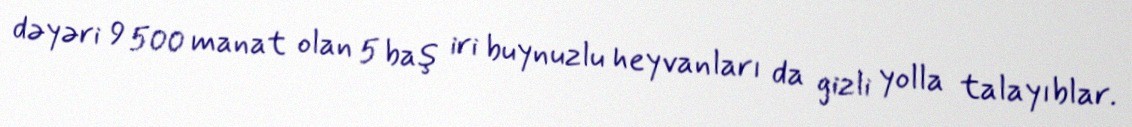
dəyəri 9 500 manat olan 5 baş iri buynuzlu heyvanları da gizli yolla talayıblar.